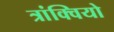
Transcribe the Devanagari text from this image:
त्रांक्वियो